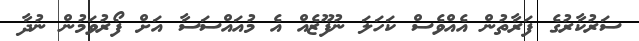
ސަރުކާރުގެ ފަރާތުން އެއްވެސް ކަހަލަ ނުފޫޒެއް އެ މުއައްސަސާ އަށް ފޯރުވަމުން ނުދާ